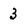
Character: 3